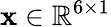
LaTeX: \mathbf{x}\in\mathbb{R}^{6\times 1}